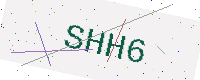
Text: SHH6